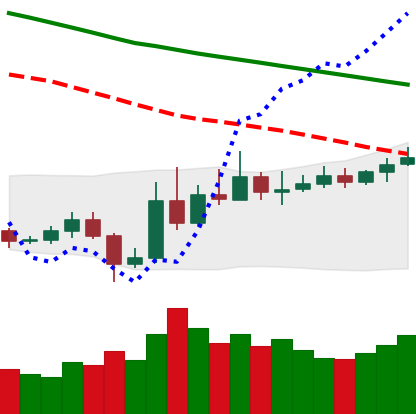
Ticker: ETC-USD
Chart end date: 2019-11-06
Forward return: -3.634%
Label: down_3_5